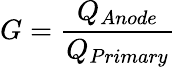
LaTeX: G=\frac{Q_{Anode}}{Q_{Primary}}